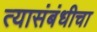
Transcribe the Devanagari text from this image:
त्यासंबंधीचा